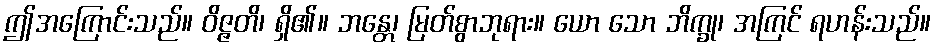
ဤအကြောင်းသည်။ ဝိဇ္ဇတိ၊ ရှိ၏။ ဘန္တေ၊ မြတ်စွာဘုရား။ ယော သော ဘိက္ခု၊ အကြင် ရဟန်းသည်။